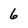
Character: 6